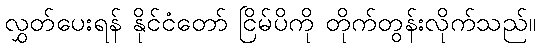
လွှတ်ပေးရန် နိုင်ငံတော် ငြိမ်ပိကို တိုက်တွန်းလိုက်သည်။